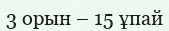
3 орын – 15 ұпай